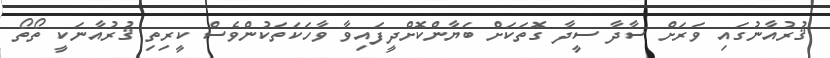
ޤުރުއާނުގައި ވަރަށް ސާދާ ސީދާ ގޮތަކަށް ބަޔާންކޮށްދީފައިވާ ވާހަކަތަކުންވެސް ކީރިތި ޤުރުއާނަކީ ތޯތޯ